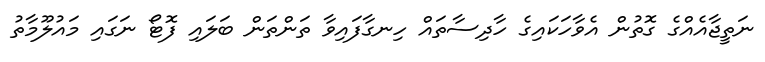
ނަތީޖާއެއްގެ ގޮތުން އެވާހަކައިގެ ހާދިސާތައް ހިނގާފައިވާ ތަންތަން ބަލައި ފޮޓޯ ނަގައި މައުލޫމާތު